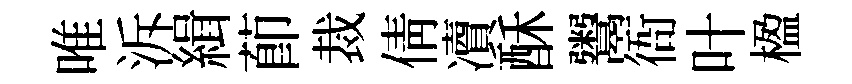
唯泝緝莭裁倩凟酥鬻衙叶楹